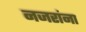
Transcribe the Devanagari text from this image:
नजरांना